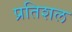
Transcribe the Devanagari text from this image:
प्रतिशल